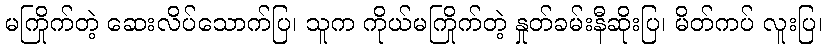
မကြိုက်တဲ့ ဆေးလိပ်သောက်ပြ၊ သူက ကိုယ်မကြိုက်တဲ့ နှုတ်ခမ်းနီဆိုးပြ၊ မိတ်ကပ် လူးပြ၊